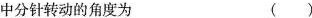
中分针转动的角度为 ( )